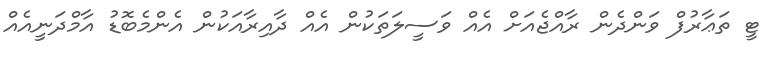
ޓީ ތަޢާރުފް ވަންދެން ރާއްޖެއަށް އެއް ވަސީލަތަކުން އެއް ދާއިރާއަކުން އެންމެބޮޑު އާމްދަނީއެއް